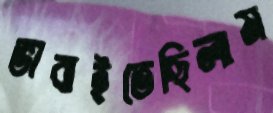
ভাবাইতেছিলাম